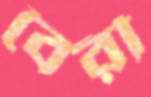
বৈরী